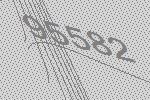
95582